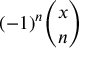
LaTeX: ( - 1 ) ^ { n } { \binom { x } { n } }